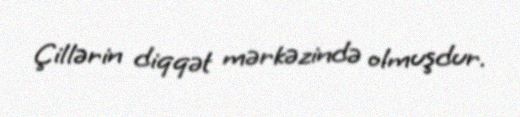
Çillərin diqqət mərkəzində olmuşdur.